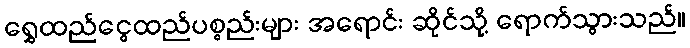
ရွှေထည်ငွေထည်ပစ္စည်းများ အရောင်း ဆိုင်သို့ ရောက်သွားသည်။